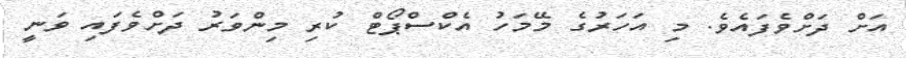
އަށް ދަށްވެފައެވެ. މި އަހަރުގެ މޭމަހު އެކްސްޕޯޓް ކުރި މިންވަރު ދަށްވެފައި ވަނީ